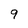
Character: 9